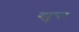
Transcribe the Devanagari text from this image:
गहुरा